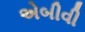
એબીવી